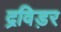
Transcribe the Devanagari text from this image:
द्रविड़र